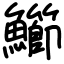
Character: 䲙